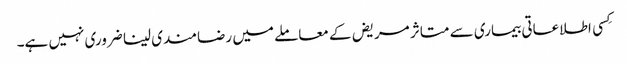
کِسی اطلاعاتی بیماری سے متاثر مریض کے معاملے میں رضامندی لینا ضروری نہیں ہے۔